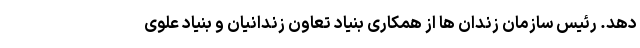
دهد. رئیس سازمان زندان ها از همکاری بنیاد تعاون زندانیان و بنیاد علوی